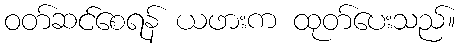
ဝတ်ဆင်စေရန် ယဖားက ထုတ်ပေးသည်။